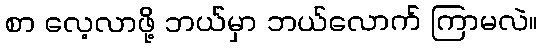
စာ လေ့လာဖို့ ဘယ်မှာ ဘယ်လောက် ကြာမလဲ။